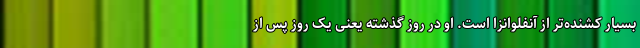
بسیار کشنده‌تر از آنفلوانزا است. او در روز گذشته یعنی یک روز پس از